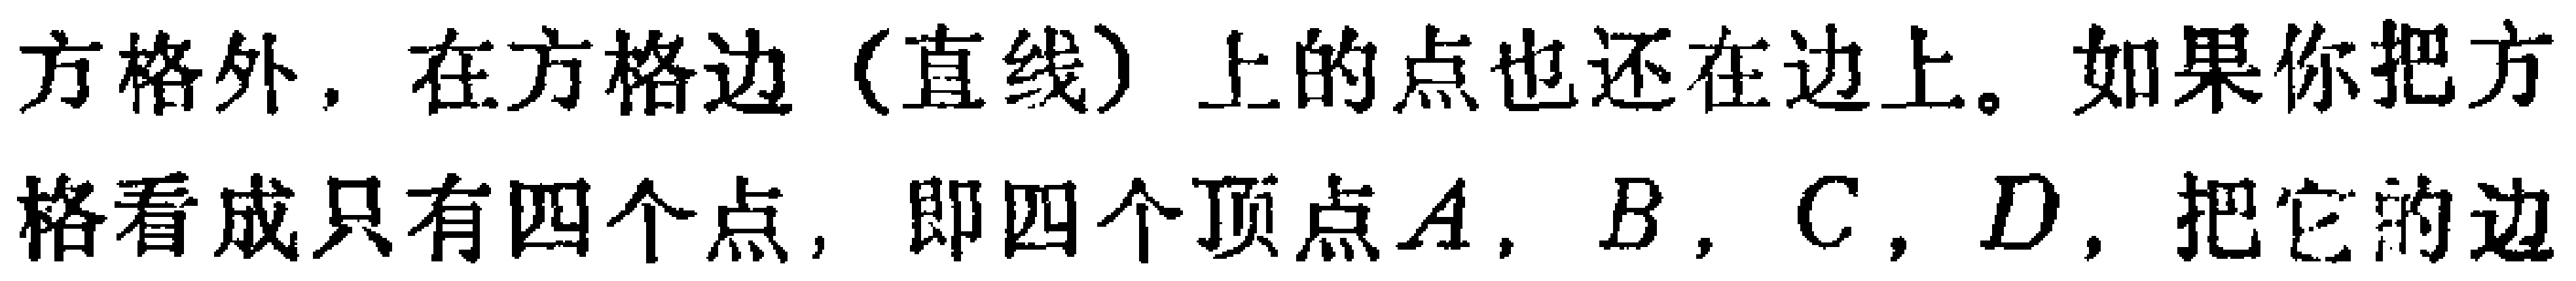
方格外，在方格边（直线）上的点也还在边上。如果你把方格看成只有四个点，即四个顶点\(A,B,C,D\)，把它的边